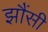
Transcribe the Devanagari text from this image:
झौंसी